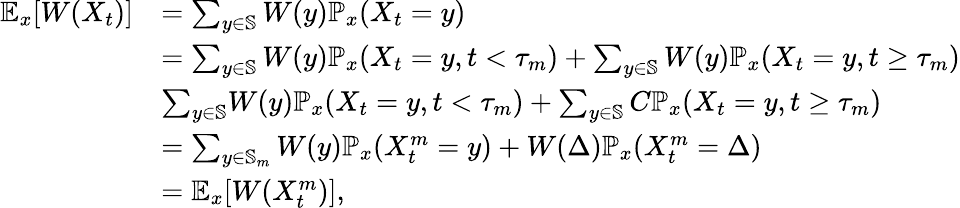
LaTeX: \begin{array}{rl}{\mathbb E_{x}[W(X_{t})]}&{=\sum_{y\in\mathbb S}W(y)\mathbb P_{x}(X_{t}=y)}\\ &{=\sum_{y\in\mathbb S}W(y)\mathbb P_{x}(X_{t}=y,t<\tau_{m})+\sum_{y\in\mathbb S}W(y)\mathbb P_{x}(X_{t}=y,t\ge\tau_{m})}\\ &{\le\sum_{y\in\mathbb S}W(y)\mathbb P_{x}(X_{t}=y,t<\tau_{m})+\sum_{y\in\mathbb S}C\mathbb P_{x}(X_{t}=y,t\ge\tau_{m})}\\ &{=\sum_{y\in\mathbb S_{m}}W(y)\mathbb P_{x}(X_{t}^{m}=y)+W(\Delta)\mathbb P_{x}(X_{t}^{m}=\Delta)}\\ &{=\mathbb E_{x}[W(X_{t}^{m})],}\end{array}